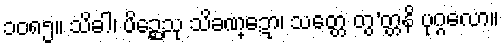
၁၀၈၅။ သိခါ၊ ပိဉ္ဆေသု သိခဏ္ဍော၊ သတ္တေ တွ’တ္တနိ ပုဂ္ဂလော။